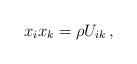
LaTeX: \begin{align*}x_i x_k = \rho U_{ik} \, , \end{align*}